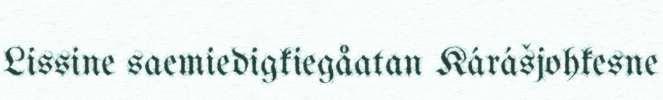
Lissine saemiedigkiegåatan Kárášjohkesne